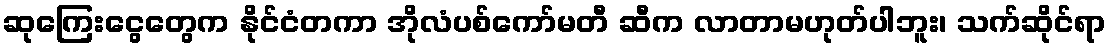
ဆုကြေးငွေတွေက နိုင်ငံတကာ အိုလံပစ်ကော်မတီ ဆီက လာတာမဟုတ်ပါဘူး၊ သက်ဆိုင်ရာ